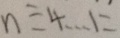
n \equiv 4 \cdots 1 =